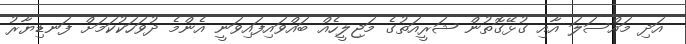
އަދި މައްސަލަ އާއި ގުޅޭގޮތުން ޝަރީއަތުގެ މަޖިލީހެއް ބައްވައިފައިވަނީ އެންމެ ދުވަހަކުކަމަށް ފަނޑިޔާރު